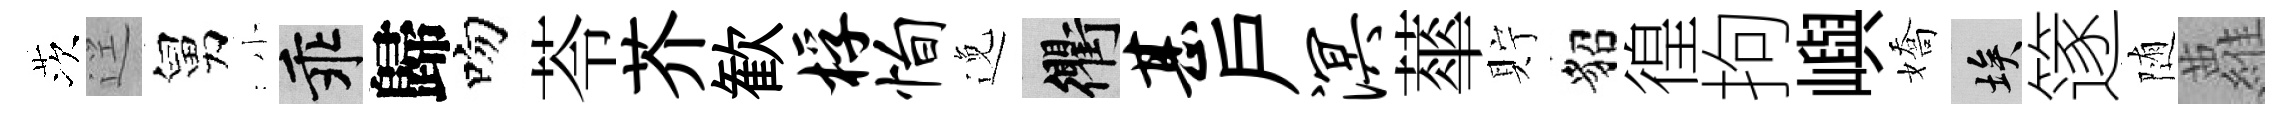
茨逕舅小乖歸吻苓芥歓桴恂𨓜衢甚戶溟蕐貯貂徨拘嶼嬌埃篴随蘿